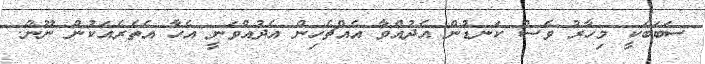
ސަބަބަކީ މިހާރު ވެސް ކަނޑުން އެދުއްވާ އެއްޗެހިން އެދުއްވަނީ އެހާ އެތެރެއަކުން ނޫން.